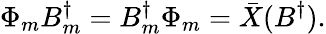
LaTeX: \Phi_{m}B_{m}^{\dagger}=B_{m}^{\dagger}\Phi_{m}=\bar{X}(B^{\dagger}).